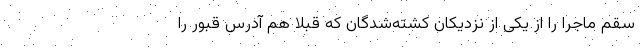
سقم ماجرا را از یکی از نزدیکان کشته‌شدگان که قبلا هم آدرس قبور را